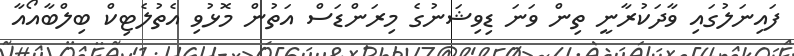
ފައިނަލުގައި ވާދަކުރާނީ ތިން ވަނަ ޑިވިޝަނުގެ މިރަންޑަސް އަތުން މޮޅުވި އެތުލެޓިކް ބިލްބާއޯއާ